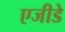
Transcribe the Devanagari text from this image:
एजीडे